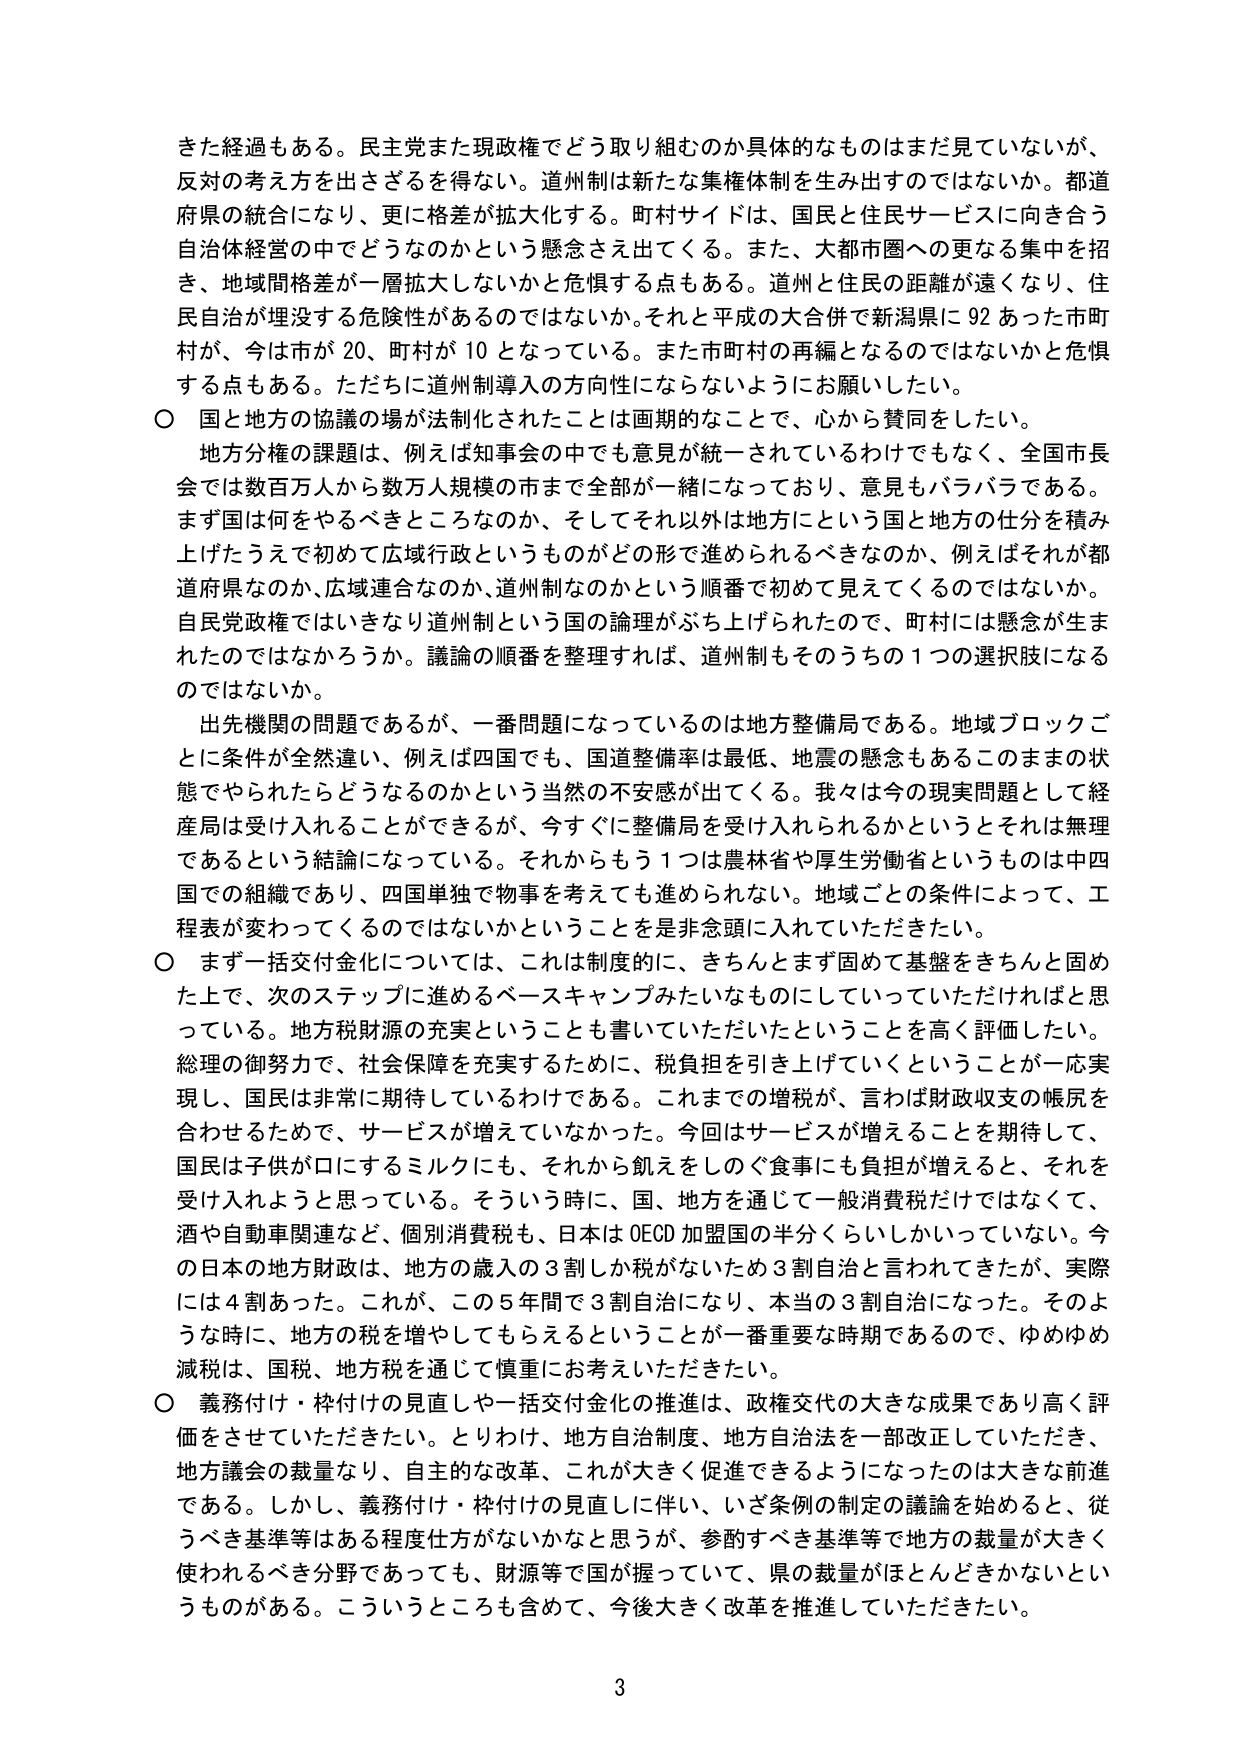
きた経過もある。民主党また現政権でどう取り組むのか具体的なものはまだ見ていないが、
反対の考え方を出さざるを得ない。道州制は新たな集権体制を生み出すのではないか。都道
府県の統合になり、更に格差が拡大化する。町村サイドは、国民と住民サービスに向き合う
自治体経営の中でどうなのかという懸念さえ出てくる。また、大都市圏への更なる集中を招
き、地域間格差が一層拡大しないかと危惧する点もある。道州と住民の距離が遠くなり、住
民自治が埋没する危険性があるのではないか。それと平成の大合併で新潟県に92あった市町
村が、今は市が20、町村が10となっている。また市町村の再編となるのではないかと危惧
する点もある。ただちに道州制導入の方向性にならないようにお願いしたい。

○ 国と地方の協議の場が法制化されたことは画期的なことで、心から賛同をしたい。
　地方分権の課題は、例えば知事会の中でも意見が統一されているわけでもなく、全国市長
会では数百万人から数万人規模の市まで全部が一緒になっており、意見もバラバラである。
まず国は何をやるべきところなのか、そしてそれ以外は地方にという国と地方の仕分を積み
上げたうえで初めて広域行政というものがどの形で進められるべきなのか、例えばそれが都
道府県なのか、広域連合なのか、道州制なのかという順番で初めて見えてくるのではないか。
自民党政権ではいきなり道州制という国の論理がぶち上げられたので、町村には懸念が生ま
れたのではなかろうか。議論の順番を整理すれば、道州制もそのうちの1つの選択肢になる
のではないか。

　出先機関の問題であるが、一番問題になっているのは地方整備局である。地域ブロックご
とに条件が全然違い、例えば四国でも、国道整備率は最低、地震の懸念もあるこのままの状
態でやられたらどうなるのかという当然の不安感が出てくる。我々は今の現実問題として経
産局は受け入れることができるが、今すぐに整備局を受け入れられるかというとそれは無理
であるという結論になっている。それからもう1つは農林省や厚生労働省というものは中四
国での組織であり、四国単独で物事を考えても進められない。地域ごとの条件によって、工
程表が変わってくるのではないかということを是非念頭に入れていただきたい。

○ まず一括交付金化については、これは制度的に、きちんとまず固めて基盤をきちんと固め
た上で、次のステップに進めるベースキャンプみたいなものにしていっていただければと思
っている。地方税財源の充実ということも書いていただいたということを高く評価したい。
総理の御努力で、社会保障を充実するために、税負担を引き上げていくということが一応実
現し、国民は非常に期待しているわけである。これまでの増税が、言わば財政収支の帳尻を
合わせるためで、サービスが増えていなかった。今回はサービスが増えることを期待して、
国民は子供が口にするミルクにも、それから飢えをしのぐ食事にも負担が増えると、それを
受け入れようと思っている。そういう時に、国、地方を通じて一般消費税だけではなくて、
酒や自動車関連など、個別消費税も、日本はOECD加盟国の半分くらいしかいっていない。今
の日本の地方財政は、地方の歳入の3割しか税がないため3割自治と言われてきたが、実際
には4割あった。これが、この5年間で3割自治になり、本当の3割自治になった。そのよ
うな時に、地方の税を増やしてもらえるということが一番重要な時期であるので、ゆめゆめ
減税は、国税、地方税を通じて慎重にお考えいただきたい。

○ 義務付け・枠付けの見直しや一括交付金化の推進は、政権交代の大きな成果であり高く評
価をさせていただきたい。とりわけ、地方自治制度、地方自治法を一部改正していただき、
地方議会の裁量なり、自主的な改革、これが大きく促進できるようになったのは大きな前進
である。しかし、義務付け・枠付けの見直しに伴い、いざ条例の制定の議論を始めると、従
うべき基準等はある程度仕方がないかなと思うが、参酌すべき基準等で地方の裁量が大きく
使われるべき分野であっても、財源等で国が握っていて、県の裁量がほとんどきかないとい
うものがある。こういうところも含めて、今後大きく改革を推進していただきたい。

3